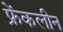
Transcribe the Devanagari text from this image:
फ्रेंकलीन